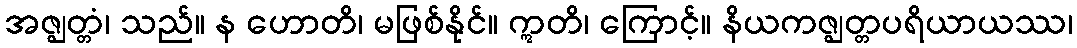
အဇ္ဈတ္တံ၊ သည်။ န ဟောတိ၊ မဖြစ်နိုင်။ ဣတိ၊ ကြောင့်။ နိယကဇ္ဈတ္တပရိယာယဿ၊